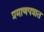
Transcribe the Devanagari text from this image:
प्रमाणपत्रात